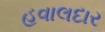
હવાલદાર